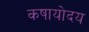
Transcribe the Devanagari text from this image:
कषायोदय